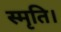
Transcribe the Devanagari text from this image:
स्मृति।